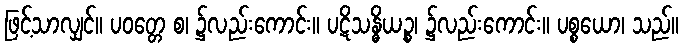
ဖြင့်သာလျှင်။ ပဝတ္တေ စ၊ ၌လည်းကောင်း။ ပဋိသန္ဓိယဉ္စ၊ ၌လည်းကောင်း။ ပစ္စယော၊ သည်။